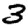
Digit: 3